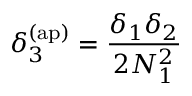
\delta _ { 3 } ^ { \mathrm { ( a p ) } } = \frac { \delta _ { 1 } \delta _ { 2 } } { 2 N _ { 1 } ^ { 2 } }